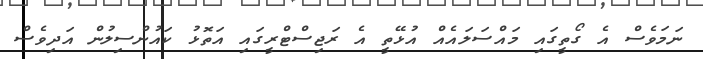
ނަމަވެސް އެ ގޯތީގައި މައްސަލައެއް އުޅޭތީ އެ ރަޖިސްޓްރީގައި އަތޮޅު ކައުންސިލުން އަދިވެސް